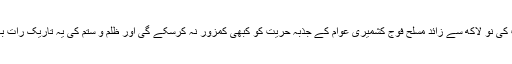
اُنہوں نے کہا کہ بھارت کی نو لاکھ سے زائد مسلح فوج کشمیری عوام کے جذبۂ حریت کو کبھی کمزور نہ کرسکے گی اور ظلم و ستم کی یہ تاریک رات بہت جلد ختم ہوجائے گی۔